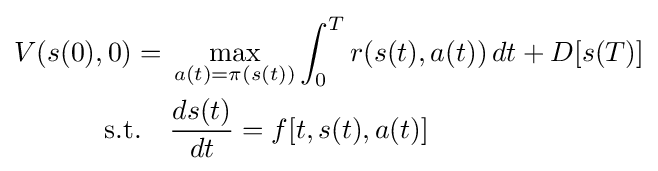
{\begin{aligned}V(s(0),0)={}&\max _{a(t)=\pi (s(t))}\int _{0}^{T}r(s(t),a(t))\,dt+D[s(T)]\\{\text{s.t.}}\quad &{\frac {ds(t)}{dt}}=f[t,s(t),a(t)]\end{aligned}}